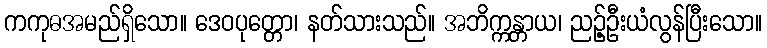
ကကုဓအမည်ရှိသော။ ဒေဝပုတ္တော၊ နတ်သားသည်။ အဘိက္ကန္တာယ၊ ညဉ့်ဦးယံလွန်ပြီးသော။